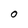
Character: O